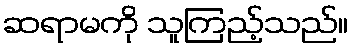
ဆရာမကို သူကြည့်သည်။